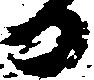
る